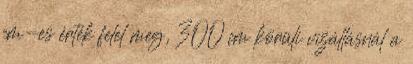
cm-es érték felel meg, 300 cm körüli vízállásnál a